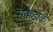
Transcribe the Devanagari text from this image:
सक्कडांक